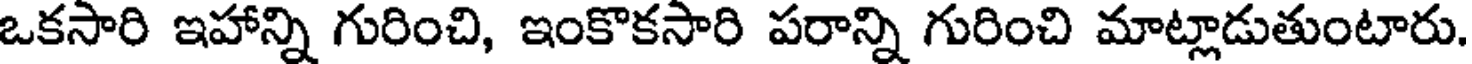
ఒకసారి ఇహాన్ని గురించి, ఇంకొకసారి పరాన్ని గురించి మాట్లాడుతుంటారు